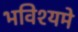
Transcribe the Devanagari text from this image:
भविश्यमे